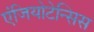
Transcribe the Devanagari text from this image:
एंजियोटेन्सिस